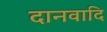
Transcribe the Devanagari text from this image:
दानवादि